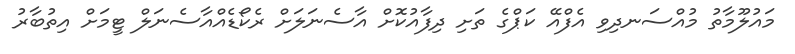
މައުލޫމާތު މުއްސަނދިވި އެފްއޭ ކަޕްގެ ތަށި ދިފާއުކޮށް އާސެނަލަށް ރެކޯޑެއްއާސެނަލް ޓީމަށް އިތުބާރު